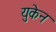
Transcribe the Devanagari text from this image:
युकेन